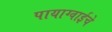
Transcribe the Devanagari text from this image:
पायाग्वाईचे